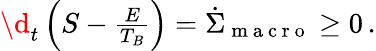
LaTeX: \begin{array}{r}{\d_{t}\left(S-\frac{E}{T_{B}}\right)=\dot{\Sigma}_{\mathrm{~m~a~c~r~o~}}\geq 0\, .}\end{array}